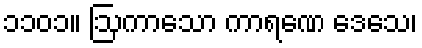
၁၁၀၁။ ဩကာသော ကာရဏေ ဒေသေ၊